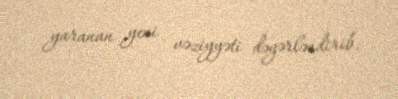
yaranan yeni vəziyyəti dəyərləndirib.